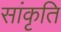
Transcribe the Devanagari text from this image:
सांकृति